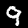
Digit: 9